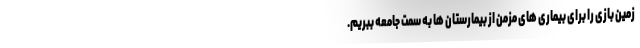
زمین بازی را برای بیماری های مزمن از بیمارستان ها به سمت جامعه ببریم.